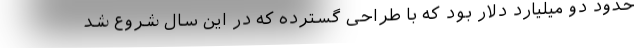
حدود دو میلیارد دلار بود که با طراحی گسترده که در این سال شروع شد